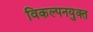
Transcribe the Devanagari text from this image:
विकल्पनयुक्त